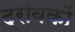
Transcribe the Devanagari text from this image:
द्रावकों